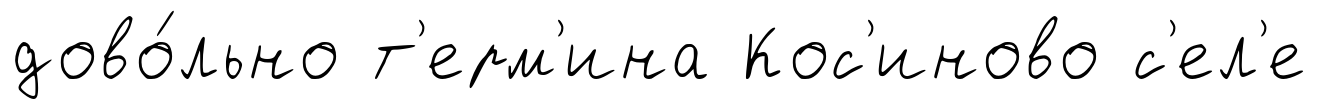
дово́льно т'ерм'ина Кос'иново с'ел'е